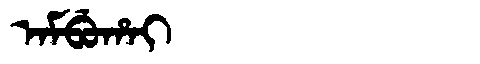
Manchu: ᠠᠮᠪᡠᡥᠠᡳ
Romanization: AMBUHAI